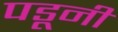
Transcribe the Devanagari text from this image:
पडूनी